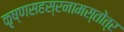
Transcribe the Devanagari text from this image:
कृष्णसहस्रनामस्तोत्र